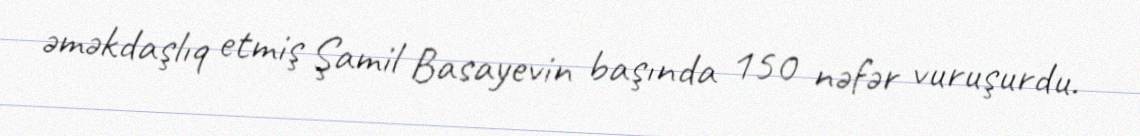
əməkdaşlıq etmiş Şamil Basayevin başında 150 nəfər vuruşurdu.